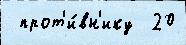
 прот'и́вн'ику  20